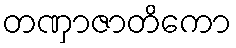
တဏှာဇာတိကော